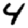
Digit: 4